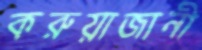
করুয়াজানী